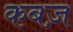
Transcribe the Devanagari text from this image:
कबज़